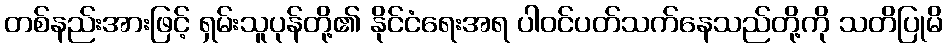
တစ်နည်းအားဖြင့် ရှမ်းသူပုန်တို့၏ နိုင်ငံရေးအရ ပါဝင်ပတ်သက်နေသည်တို့ကို သတိပြုမိ